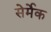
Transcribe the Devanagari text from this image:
सेर्मेक